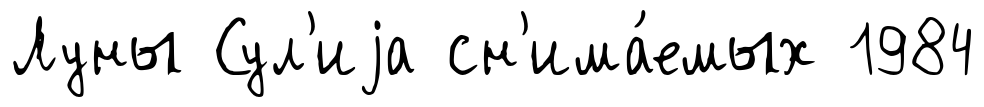
Луны Сул'иjа сн'има́емых 1984